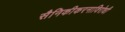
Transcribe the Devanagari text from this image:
सैनिकीकरनाविरोधी